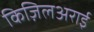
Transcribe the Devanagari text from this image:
किज़िलअराई